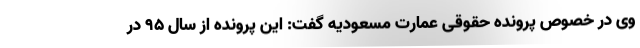
وی در خصوص پرونده حقوقی عمارت مسعودیه گفت: این پرونده از سال ۹۵ در